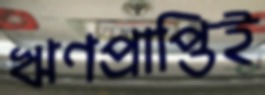
ঋণপ্রাপ্তিই